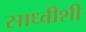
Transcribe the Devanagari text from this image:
साध्वीशी